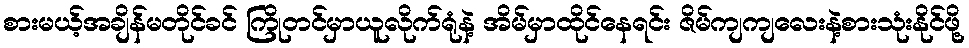
စားမယ့်အချိန်မတိုင်ခင် ကြိုတင်မှာယူလိုက်ရုံနဲ့ အိမ်မှာထိုင်နေရင်း ဇိမ်ကျကျလေးနဲ့စားသုံးနိုင်ဖို့